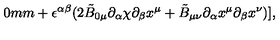
\hspace { 2 0 m m } + \epsilon ^ { \alpha \beta } ( 2 \tilde { B } _ { 0 \mu } { \partial _ { \alpha } } { \chi } { \partial _ { \beta } } { x ^ { \mu } } + \tilde { B } _ { \mu \nu } { \partial _ { \alpha } } { x ^ { \mu } } { \partial _ { \beta } } { x ^ { \nu } } ) ] ,